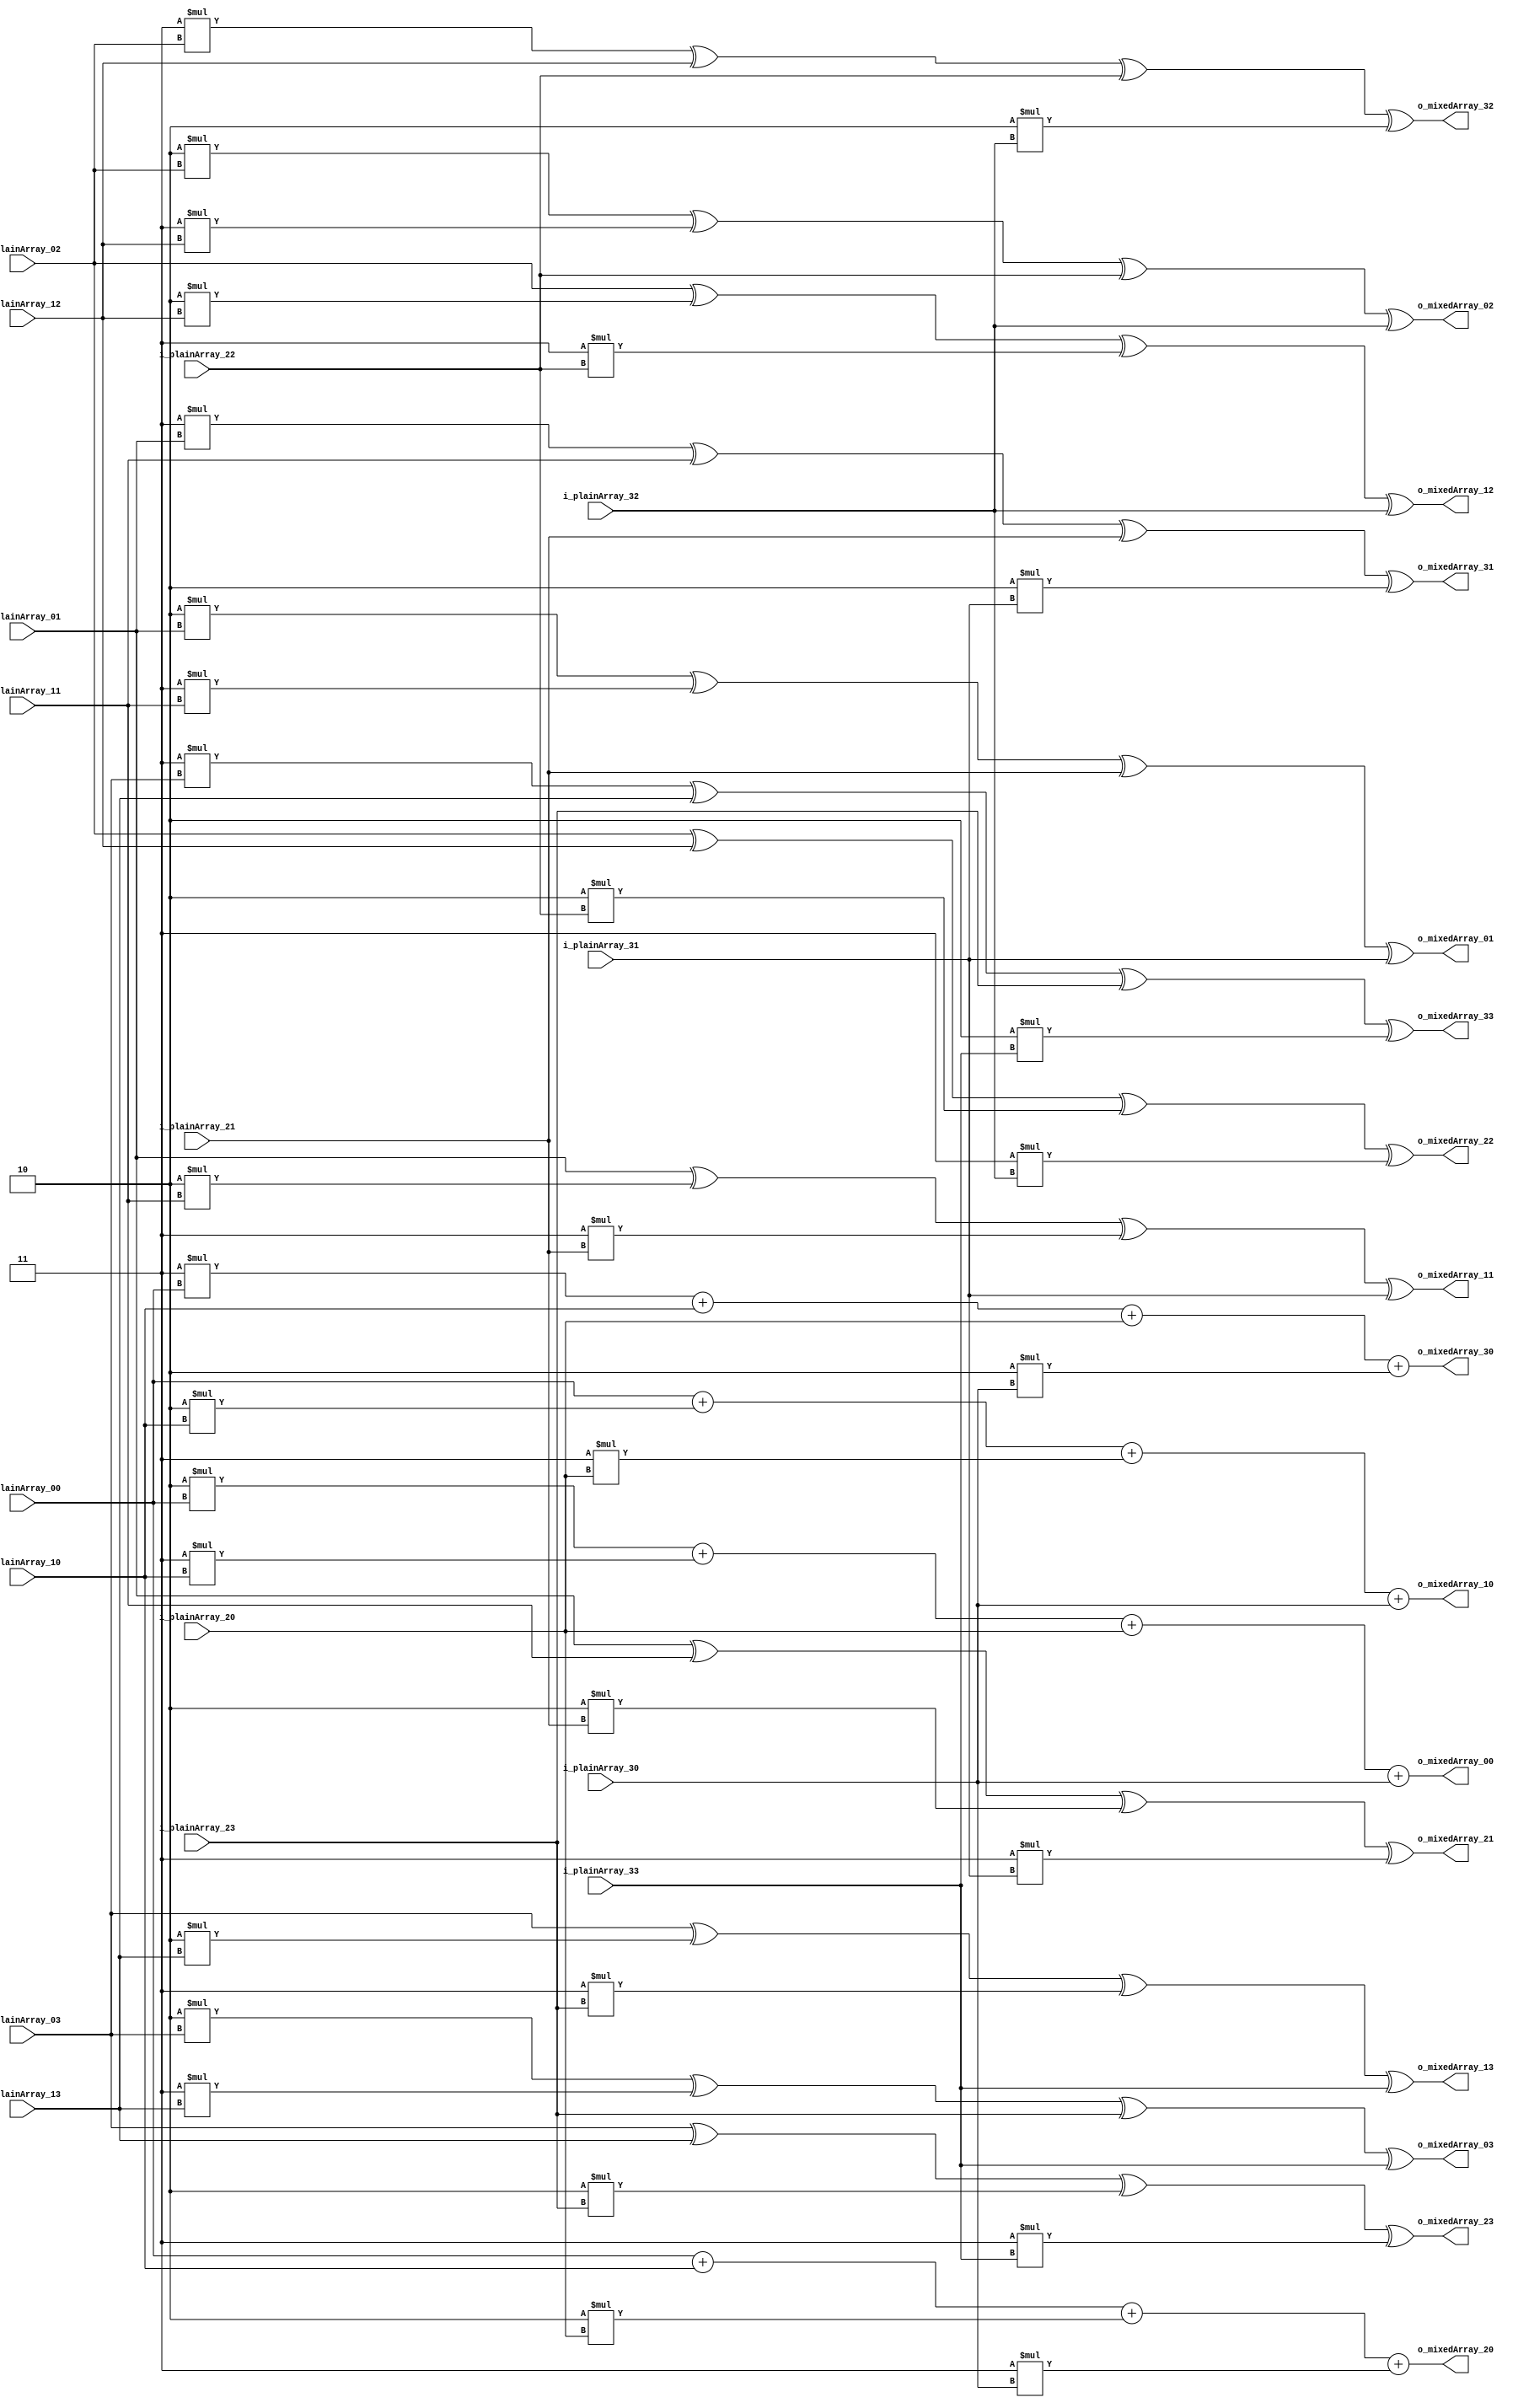

// Mixing the matrix columns

module Mix_Columns(
	input [7:0] i_plainArray_00,
	input [7:0] i_plainArray_01,
	input [7:0] i_plainArray_02,
	input [7:0] i_plainArray_03,

	input [7:0] i_plainArray_10,
	input [7:0] i_plainArray_11,
	input [7:0] i_plainArray_12,
	input [7:0] i_plainArray_13,

	input [7:0] i_plainArray_20,
	input [7:0] i_plainArray_21,
	input [7:0] i_plainArray_22,
	input [7:0] i_plainArray_23,

	input [7:0] i_plainArray_30,
	input [7:0] i_plainArray_31,
	input [7:0] i_plainArray_32,
	input [7:0] i_plainArray_33,

	output [7:0] o_mixedArray_00,
	output [7:0] o_mixedArray_01,
	output [7:0] o_mixedArray_02,
	output [7:0] o_mixedArray_03,

	output [7:0] o_mixedArray_10,
	output [7:0] o_mixedArray_11,
	output [7:0] o_mixedArray_12,
	output [7:0] o_mixedArray_13,

	output [7:0] o_mixedArray_20,
	output [7:0] o_mixedArray_21,
	output [7:0] o_mixedArray_22,
	output [7:0] o_mixedArray_23,

	output [7:0] o_mixedArray_30,
	output [7:0] o_mixedArray_31,
	output [7:0] o_mixedArray_32,
	output [7:0] o_mixedArray_33
	);

	/* Formula
	assign o_mixedArray_0j = (8'h02 * i_plainArray_0j) ^ (8'h03 * i_plainArray_1j) ^ i_plainArray_2j ^ i_plainArray_3j;
	assign o_mixedArray_1j = i_plainArray_0j ^ (8'h02 * i_plainArray_1j) ^ (8'h03 * i_plainArray_2j) ^ i_plainArray_3j;
	assign o_mixedArray_2j = i_plainArray_0j ^ i_plainArray_1j ^ (8'h02 * i_plainArray_2j) ^ (8'h03 * i_plainArray_3j);
	assign o_mixedArray_3j = (8'h03 * i_plainArray_0j) ^ i_plainArray_1j ^ i_plainArray_2j ^ (8'h02 * i_plainArray_3j);
	*/

	// 1st column
	assign o_mixedArray_00 = (8'h02 * i_plainArray_00) + (8'h03 * i_plainArray_10) + i_plainArray_20 + i_plainArray_30;
	assign o_mixedArray_10 = i_plainArray_00 + (8'h02 * i_plainArray_10) + (8'h03 * i_plainArray_20) + i_plainArray_30;
	assign o_mixedArray_20 = i_plainArray_00 + i_plainArray_10 + (8'h02 * i_plainArray_20) + (8'h03 * i_plainArray_30);
	assign o_mixedArray_30 = (8'h03 * i_plainArray_00) + i_plainArray_10 + i_plainArray_20 + (8'h02 * i_plainArray_30);

	// 2nd column
	assign o_mixedArray_01 = (8'h02 * i_plainArray_01) ^ (8'h03 * i_plainArray_11) ^ i_plainArray_21 ^ i_plainArray_31;
	assign o_mixedArray_11 = i_plainArray_01 ^ (8'h02 * i_plainArray_11) ^ (8'h03 * i_plainArray_21) ^ i_plainArray_31;
	assign o_mixedArray_21 = i_plainArray_01 ^ i_plainArray_11 ^ (8'h02 * i_plainArray_21) ^ (8'h03 * i_plainArray_31);
	assign o_mixedArray_31 = (8'h03 * i_plainArray_01) ^ i_plainArray_11 ^ i_plainArray_21 ^ (8'h02 * i_plainArray_31);

	// 3rd column
	assign o_mixedArray_02 = (8'h02 * i_plainArray_02) ^ (8'h03 * i_plainArray_12) ^ i_plainArray_22 ^ i_plainArray_32;
	assign o_mixedArray_12 = i_plainArray_02 ^ (8'h02 * i_plainArray_12) ^ (8'h03 * i_plainArray_22) ^ i_plainArray_32;
	assign o_mixedArray_22 = i_plainArray_02 ^ i_plainArray_12 ^ (8'h02 * i_plainArray_22) ^ (8'h03 * i_plainArray_32);
	assign o_mixedArray_32 = (8'h03 * i_plainArray_02) ^ i_plainArray_12 ^ i_plainArray_22 ^ (8'h02 * i_plainArray_32);

	// 4th column
	assign o_mixedArray_03 = (8'h02 * i_plainArray_03) ^ (8'h03 * i_plainArray_13) ^ i_plainArray_23 ^ i_plainArray_33;
	assign o_mixedArray_13 = i_plainArray_03 ^ (8'h02 * i_plainArray_13) ^ (8'h03 * i_plainArray_23) ^ i_plainArray_33;
	assign o_mixedArray_23 = i_plainArray_03 ^ i_plainArray_13 ^ (8'h02 * i_plainArray_23) ^ (8'h03 * i_plainArray_33);
	assign o_mixedArray_33 = (8'h03 * i_plainArray_03) ^ i_plainArray_13 ^ i_plainArray_23 ^ (8'h02 * i_plainArray_33);

endmodule